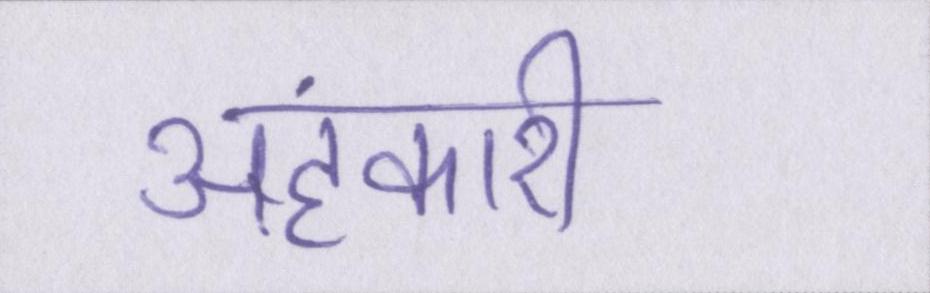
अहंकारी